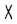
X